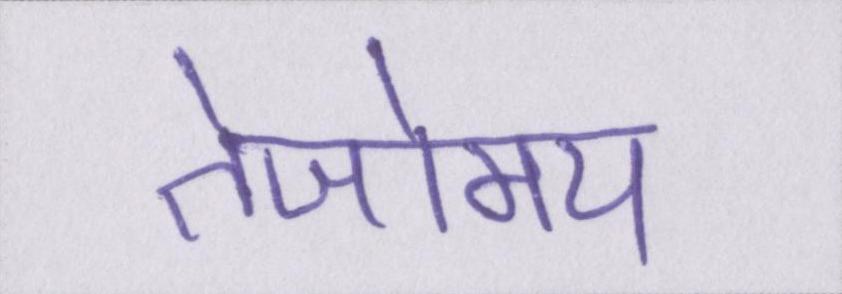
तेजोमय